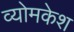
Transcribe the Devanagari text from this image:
व्‍योमकेश